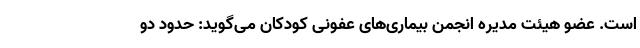
است. عضو هیئت مدیره انجمن بیماری‌های عفونی کودکان می‌گوید: حدود دو